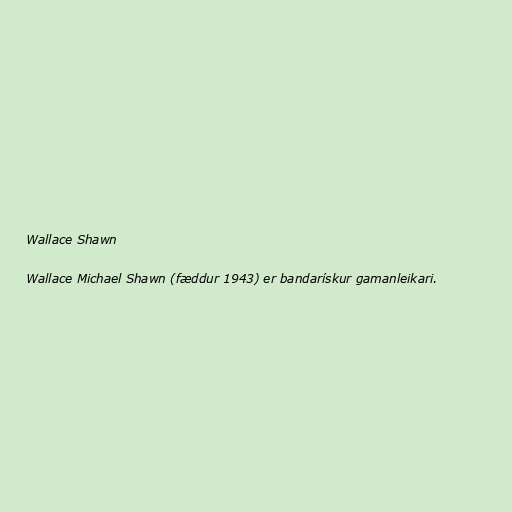
Wallace Shawn

Wallace Michael Shawn (fæddur 1943) er bandarískur gamanleikari.